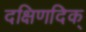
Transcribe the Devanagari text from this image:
दक्षिणदिक्